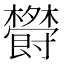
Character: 𣠵